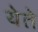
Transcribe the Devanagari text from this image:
येेते